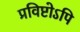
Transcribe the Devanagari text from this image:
प्रविष्टोऽपि